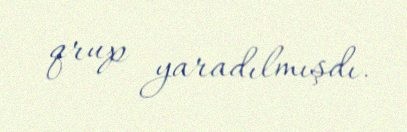
qrup yaradılmışdı.